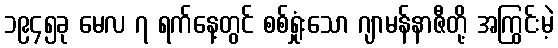
၁၉၄၅ခု မေလ ၇ ရက်နေ့တွင် စစ်ရှုံးသော ဂျာမန်နာဇီတို့ အကြွင်းမဲ့